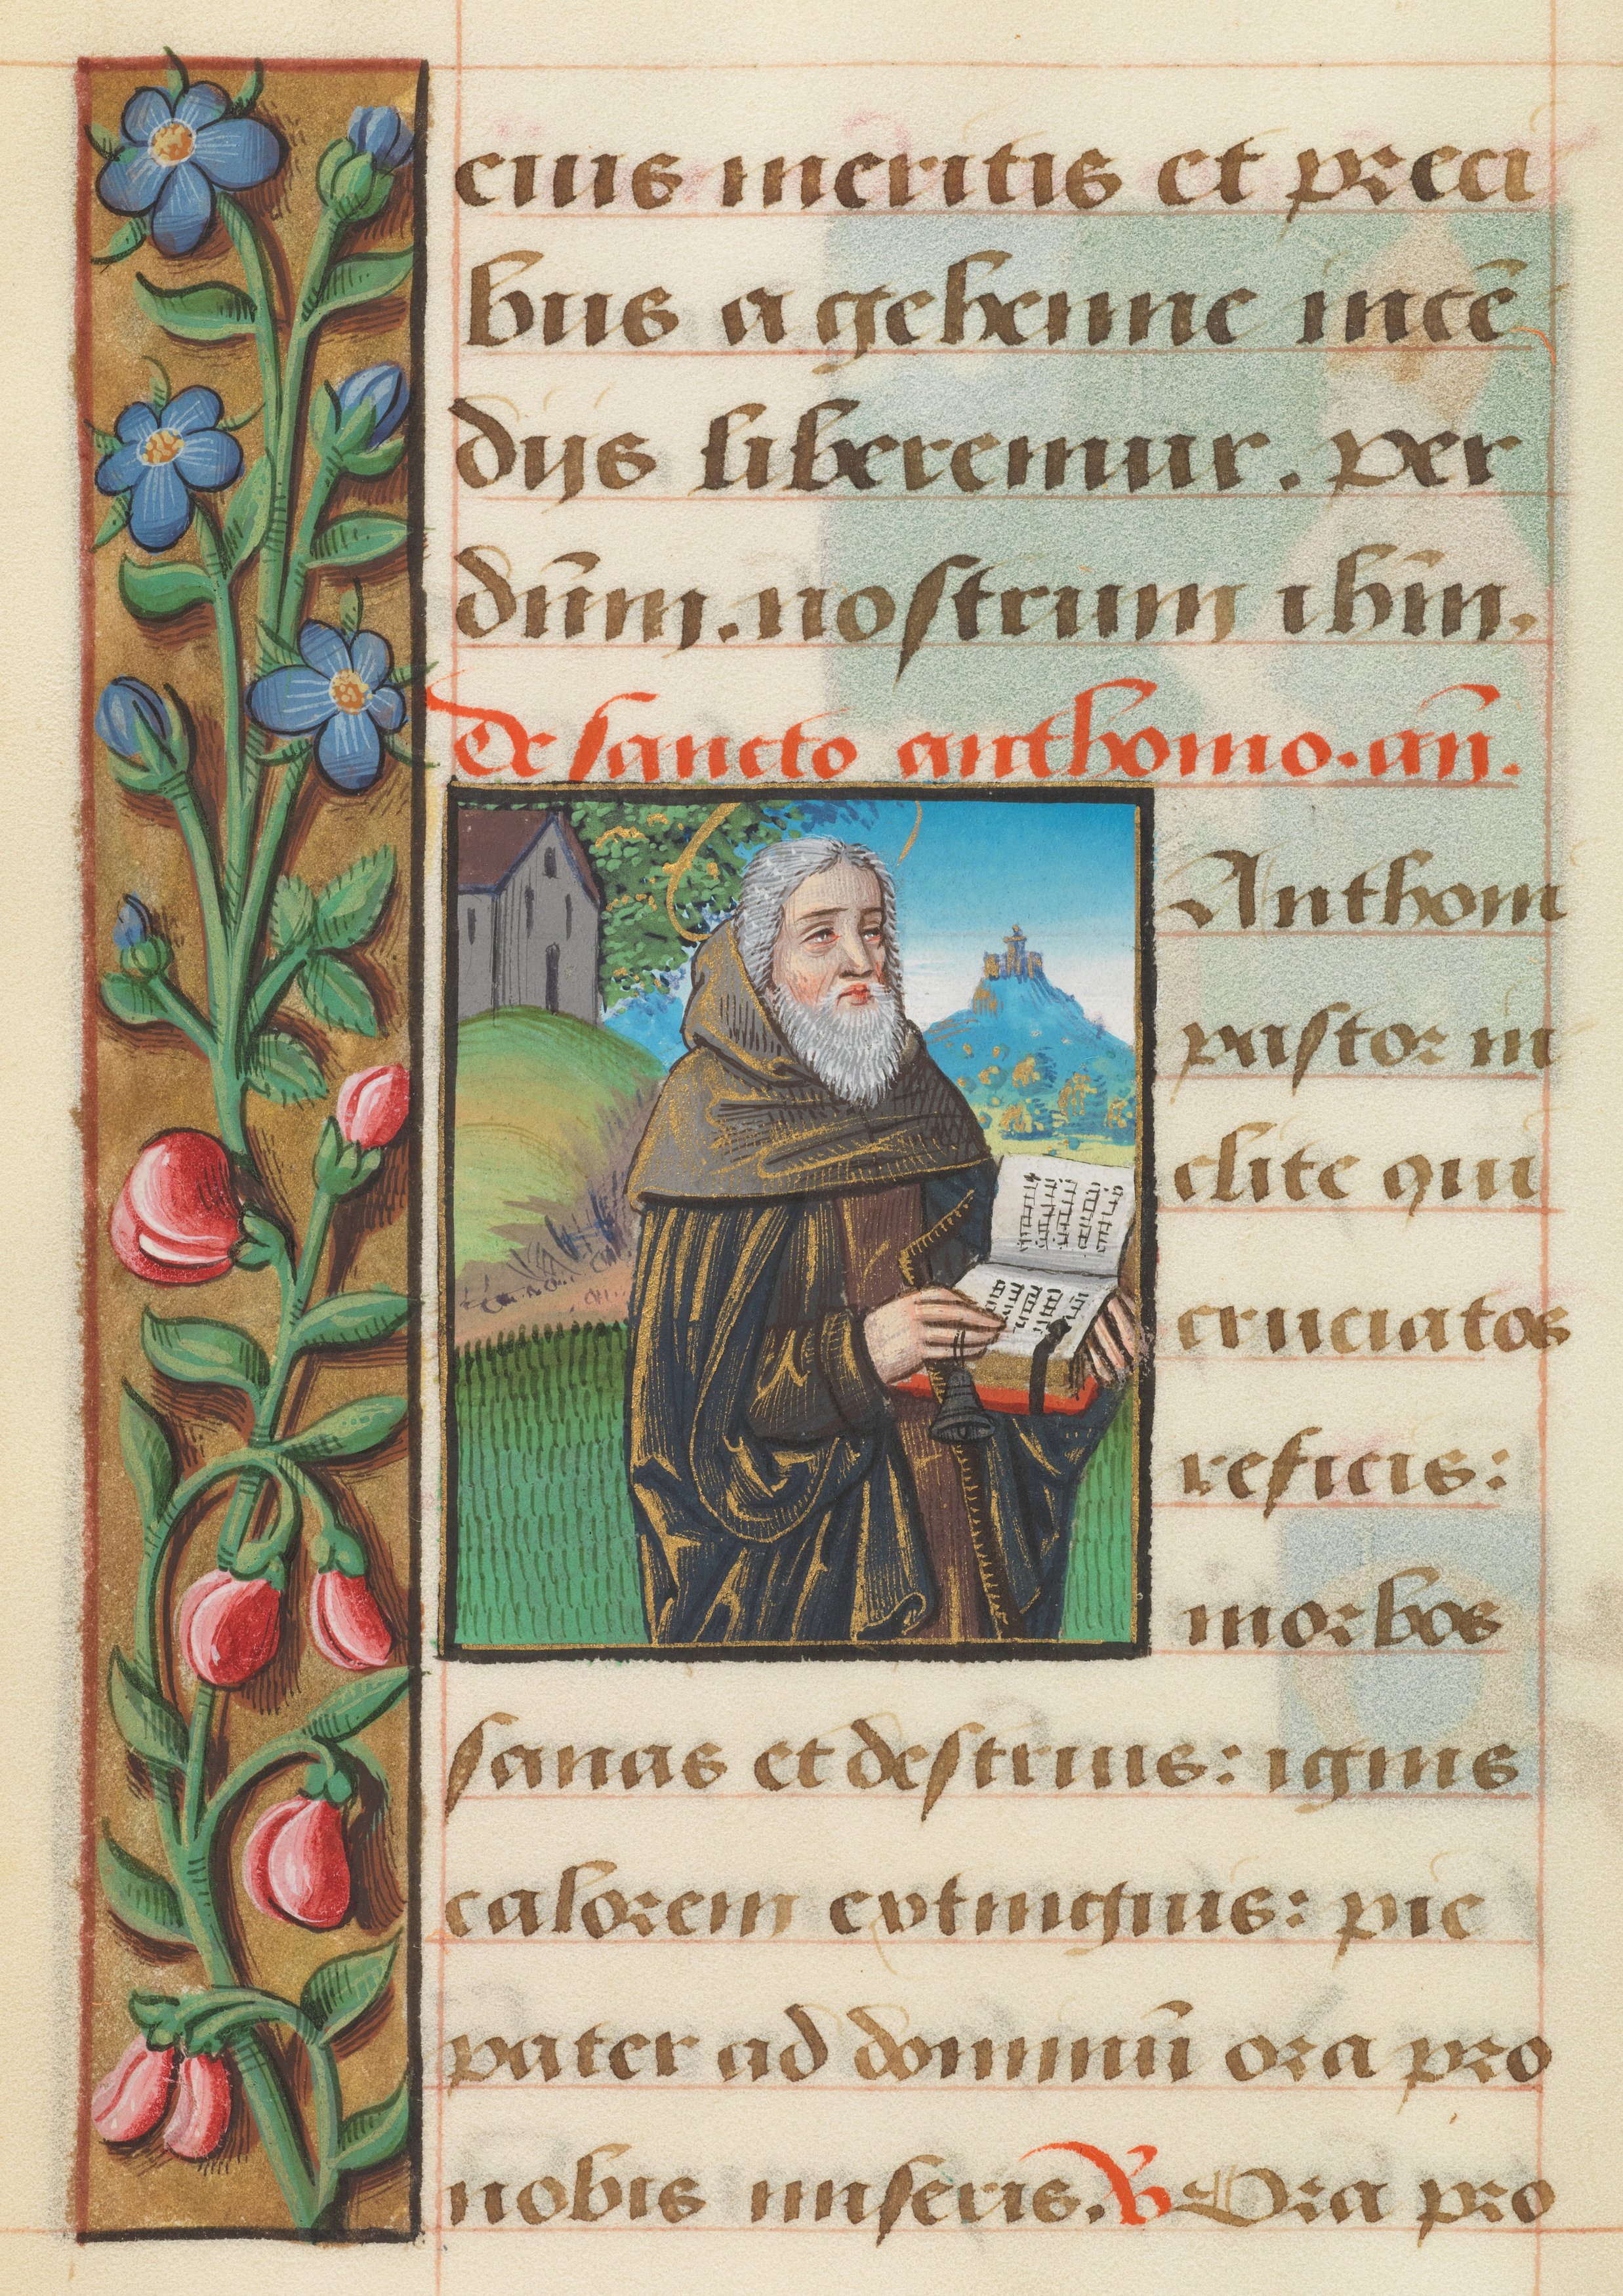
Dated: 1485–1525